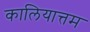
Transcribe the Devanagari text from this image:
कालियात्तम